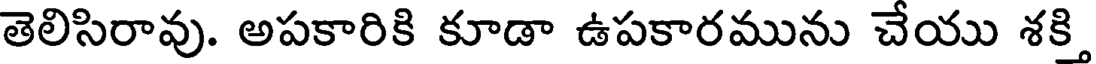
తెలిసిరావు. అపకారికి కూడా ఉపకారమును చేయు శకి